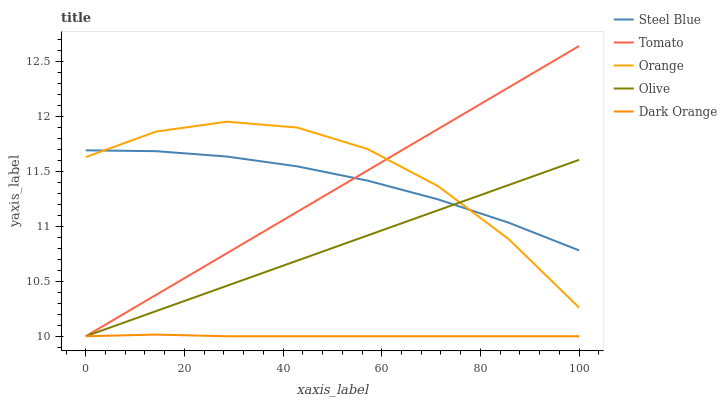
| xaxis_label | Steel Blue | Tomato | Orange | Olive | Dark Orange |
 | --- | --- | --- | --- | --- | --- |
 | 0 | 11.7 | 10 | 11.6 | 10 | 10 |
 | 14.3 | 11.7 | 10.4 | 11.9 | 10.2 | 10 |
 | 28.6 | 11.6 | 10.8 | 11.9 | 10.5 | 10 |
 | 42.9 | 11.5 | 11.1 | 11.9 | 10.7 | 10 |
 | 57.1 | 11.4 | 11.5 | 11.7 | 10.9 | 10 |
 | 71.4 | 11.2 | 11.9 | 11.4 | 11.1 | 10 |
 | 85.7 | 11 | 12.3 | 10.9 | 11.4 | 10 |
 | 100 | 10.8 | 12.6 | 10.3 | 11.6 | 10 |